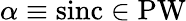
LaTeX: \alpha\equiv\operatorname{sinc}\in\operatorname{PW}